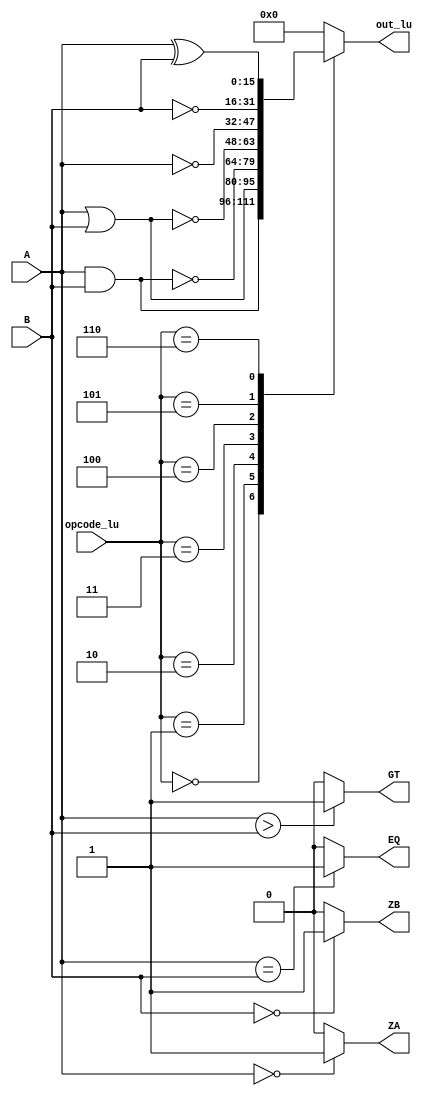
module LU(input  [15:0]A, input [15:0]B, input [3:0]opcode_lu, output EQ,GT,ZA,ZB, output reg [15:0]out_lu);

assign EQ = (A==B)?1'b1:1'b0;
assign GT = (A>B)?1'b1:1'b0;
assign ZA = (A==16'd0)?1'b1:1'b0;
assign ZB = (B==16'd0)?1'b1:1'b0;

always @(*)
begin
out_lu <= 16'd0;
	case(opcode_lu)
		4'b0000: out_lu <= A & B;
		4'b0001: out_lu <= A | B;
		4'b0010: out_lu <= ~(A & B);
		4'b0011: out_lu <= ~(A | B);
		4'b0100: out_lu <= ~A;
		4'b0101: out_lu <= ~B;
		4'b0110: out_lu <= A ^ B;
		4'b001: out_lu <= ~(A ^ B);
	default: out_lu <= 16'd0;
endcase

end
endmodule